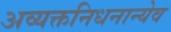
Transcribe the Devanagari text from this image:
अव्यक्तनिधनान्येव